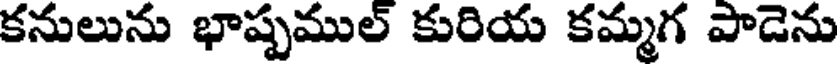
కనులును భాష్పముల్ కురియ కమ్మగ పాడెను